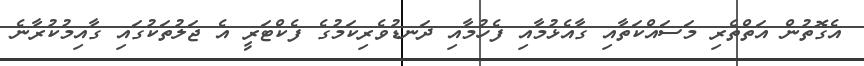
އެގޮތުން އަތްތެރި މަސައްކަތާއި ގާއެޅުމާއި ފެހުމާއި ދަނޑުވެރިކަމުގެ ފެކްޓަރީ އެ ޖަލުތަކުގައި ގާއިމުކުރާނެ